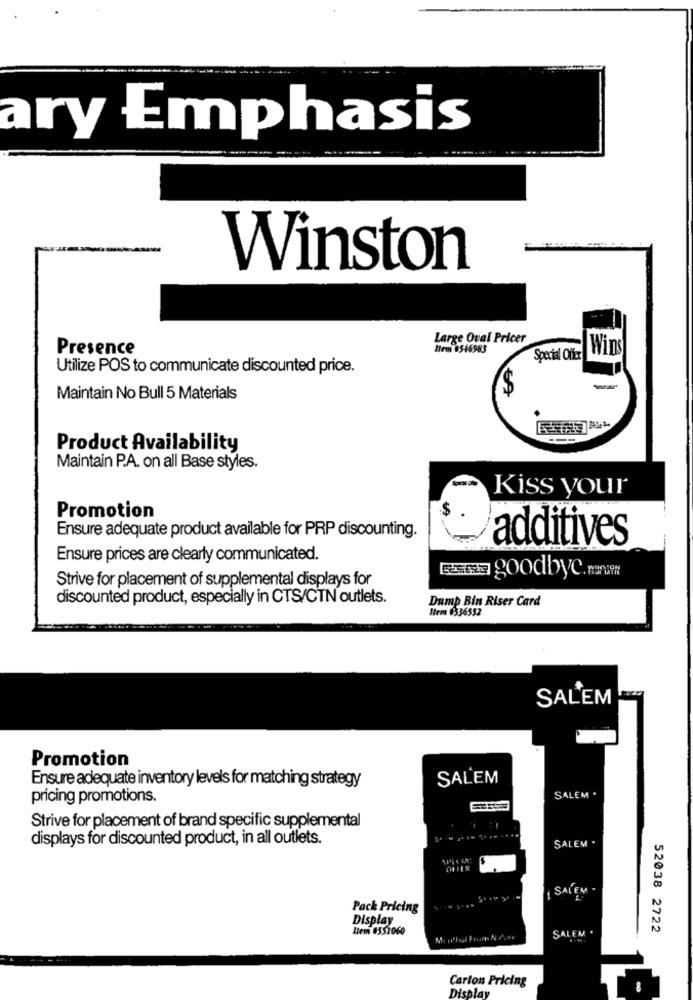
ary Emphasis
Winston
Large Oval Pricer
Presence
Item 0546983
Wins
Special Offer
Utilize POS to communicate discounted price.
Maintain No Bull 5 Materials
Product Availability
Maintain P.A. on all Base styles.
Kiss your
$
Promotion
Ensure adequate product available for PRP discounting.
additives
Ensure prices are clearly communicated.
Strive for placement of supplemental displays for
goodbye.
discounted product, especially in CTS/CTN outlets.
Dump Bin Riser Card
Item #336552
SALEM
Promotion
Ensure adequate inventory levels for matching strategy
SALEM
pricing promotions.
SALEM .
Strive for placement of brand specific supplemental
displays for discounted product, in all outlets.
SALEM .
PRAIA:
OFFER
SALEM .
Pack Pricing
Display
Item 0551060
52038 2722
SALEM '
Carton Pricing
Display
8